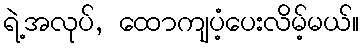
ရဲ့အလုပ်, ထောကျပံ့ပေးလိမ့်မယ်။